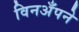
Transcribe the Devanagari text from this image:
विनअँपने